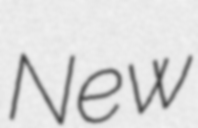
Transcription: New